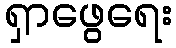
ရှာဖွေရေး